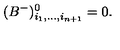
( B ^ { - } ) _ { i _ { 1 } , . . . , i _ { n + 1 } } ^ { 0 } = 0 .